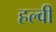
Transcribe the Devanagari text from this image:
हल्वी